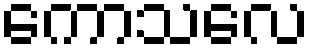
ကောသလေ